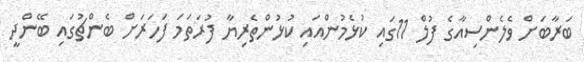
ބަރާބަށް ވެލެންސިއާގެ ފުލް 11ގައި ކުޅެމުންއައި ކުޅުންތެރިޔާ ފުރަތަމަ ފަހަރަށް ބެންޗުގައި ބޭންދީ